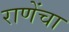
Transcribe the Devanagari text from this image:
राणेंचा